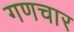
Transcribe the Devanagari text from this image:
गणचार